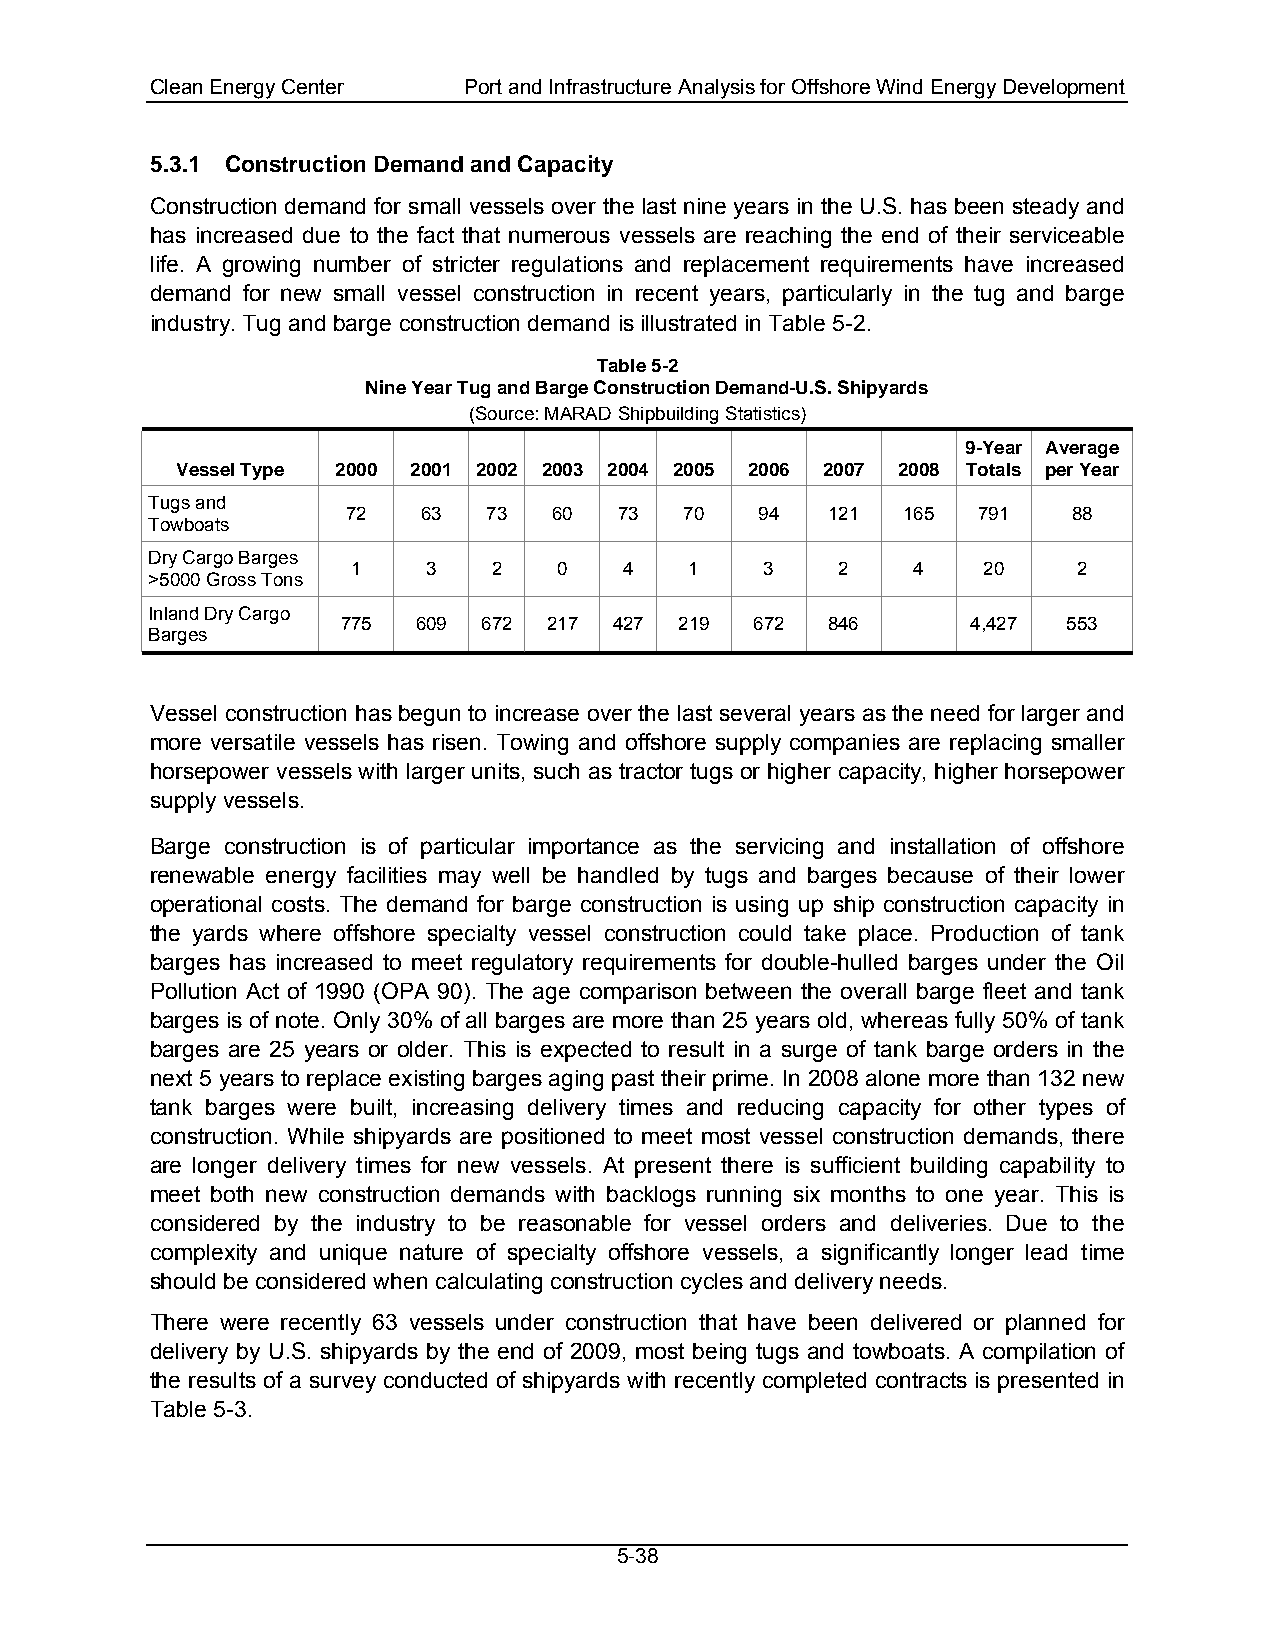
Clean Energy Center  Port and Infrastructure Analysis for Offshore Wind Energy Development
 5.3.1 Construction Demand and Capacity
 Construction demand for small vessels over the last nine years in the U.S. has been steady and
 has increased due to the fact that numerous vessels are reaching the end of their serviceable
 life. A growing number of stricter regulations and replacement requirements have increased
 demand for new small vessel construction in recent years, particularly in the tug and barge
 industry. Tug and barge construction demand is illustrated in Table 5-2.
 Table 5-2
 Nine Year Tug and Barge Construction Demand-U.S. Shipyards
 (Source: MARAD Shipbuilding Statistics)
 9-Year Average
 Vessel Type 2000 2001 2002 2003 2004 2005 2006 2007 2008 Totals per Year
 Tugs and
 72   63  73   60  73  70   94   121  165  791   88
 Towboats
 Dry Cargo Barges
 1    3    2   0   4    1    3    2   4    20    2
 >5000 Gross Tons
 Inland Dry Cargo
 775  609 672 217  427 219  672  846      4,427  553
 Barges
 Vessel construction has begun to increase over the last several years as the need for larger and
 more versatile vessels has risen. Towing and offshore supply companies are replacing smaller
 horsepower vessels with larger units, such as tractor tugs or higher capacity, higher horsepower
 supply vessels.
 Barge construction is of particular importance as the servicing and installation of offshore
 renewable energy facilities may well be handled by tugs and barges because of their lower
 operational costs. The demand for barge construction is using up ship construction capacity in
 the yards where offshore specialty vessel construction could take place. Production of tank
 barges has increased to meet regulatory requirements for double-hulled barges under the Oil
 Pollution Act of 1990 (OPA 90). The age comparison between the overall barge fleet and tank
 barges is of note. Only 30% of all barges are more than 25 years old, whereas fully 50% of tank
 barges are 25 years or older. This is expected to result in a surge of tank barge orders in the
 next 5 years to replace existing barges aging past their prime. In 2008 alone more than 132 new
 tank barges were built, increasing delivery times and reducing capacity for other types of
 construction. While shipyards are positioned to meet most vessel construction demands, there
 are longer delivery times for new vessels. At present there is sufficient building capability to
 meet both new construction demands with backlogs running six months to one year. This is
 considered by the industry to be reasonable for vessel orders and deliveries. Due to the
 complexity and unique nature of specialty offshore vessels, a significantly longer lead time
 should be considered when calculating construction cycles and delivery needs.
 There were recently 63 vessels under construction that have been delivered or planned for
 delivery by U.S. shipyards by the end of 2009, most being tugs and towboats. A compilation of
 the results of a survey conducted of shipyards with recently completed contracts is presented in
 Table 5-3.
 5-38